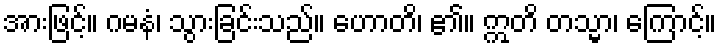
အားဖြင့်။ ဂမနံ၊ သွားခြင်းသည်။ ဟောတိ၊ ၏။ ဣတိ တသ္မာ၊ ကြောင့်။